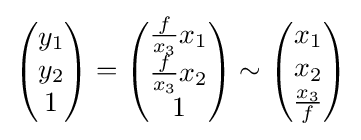
{\begin{pmatrix}y_{1}\\y_{2}\\1\end{pmatrix}}={\begin{pmatrix}{\frac {f}{x_{3}}}x_{1}\\{\frac {f}{x_{3}}}x_{2}\\1\end{pmatrix}}\sim {\begin{pmatrix}x_{1}\\x_{2}\\{\frac {x_{3}}{f}}\end{pmatrix}}